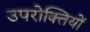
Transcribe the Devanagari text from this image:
उपरोक्तियों